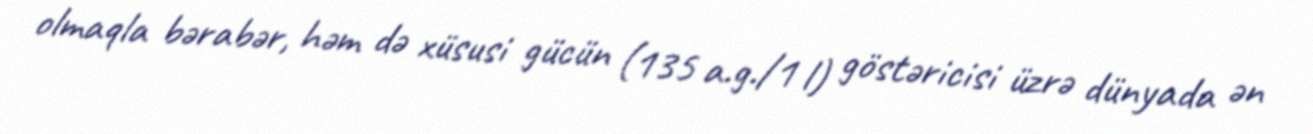
olmaqla bərabər, həm də xüsusi gücün (135 a.g./1 l) göstəricisi üzrə dünyada ən